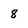
Character: 8